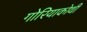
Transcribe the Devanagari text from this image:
गोरियाकोथी